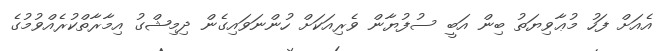
އެއަށް ފަހު މުޢާވިޔަތު ބިން އަބީ ސުފުޔާން ވެރިއަކަށް ހުންނަވައިގެން ދިމިޝްގު އިމާރާތްކުރެއްވުމުގެ